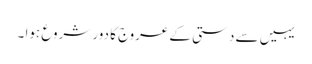
یہیں سے دستی کے عروج کا دور شروع ہوا ۔